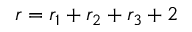
r = r _ { 1 } + r _ { 2 } + r _ { 3 } + 2